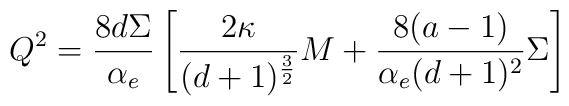
Q^{2}={8 d\Sigma \over  \alpha_{e}} \left [ {2 \kappa \over (d+1)^{3\over 2}}M+{8 (a-1)\over \alpha_{e} (d+1)^{2}} \Sigma \right ]